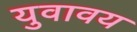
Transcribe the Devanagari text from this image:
युवावय